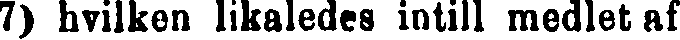
7) hvilken likaledes intill medlet af